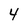
Character: 4